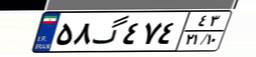
۵۸گ۴۷۴۴۳